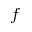
f